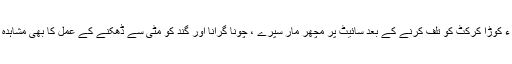
دریں اثنا ء کوڑا کرکٹ کو تلف کرنے کے بعد سائیٹ پر مچھر مار سپرے ، چونا گرانا اور گند کو مٹی سے ڈھکنے کے عمل کا بھی مشاہدہ کرایا گیا۔